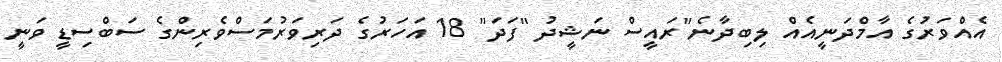
އެއްވަރުގެ އާމްދަނީއެއް ލިބިދާނެ"ރައީސް ނަޝީދު "ފަދަ" 18 އަހަރުގެ ދަރިވަރުމަސްވެރިންގެ ސަބްސިޑީ ވަނީ